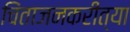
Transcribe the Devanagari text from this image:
चिंताजनकरीत्या